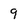
Character: 9